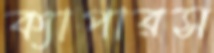
ক্যাপারস